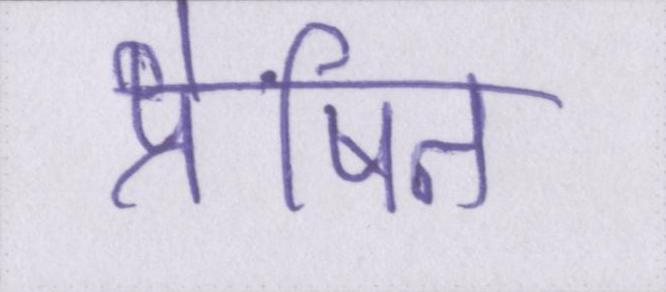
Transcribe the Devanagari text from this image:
प्रेषित